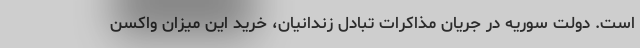
است. دولت سوریه در جریان مذاکرات تبادل زندانیان، خرید این میزان واکسن